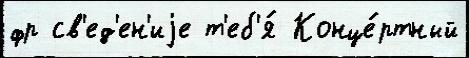
фр св'ед'ен'иjе т'еб'я́ Конце́ртный